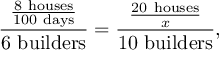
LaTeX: { \frac { \frac { 8 \ { \mathrm { h o u s e s } } } { 1 0 0 \ { \mathrm { d a y s } } } } { 6 \ { \mathrm { b u i l d e r s } } } } = { \frac { \frac { 2 0 \ { \mathrm { h o u s e s } } } { x } } { 1 0 \ { \mathrm { b u i l d e r s } } } } ,